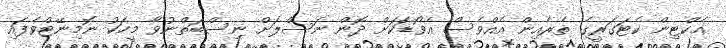
އެކްޓިން ކެޓަގަރީގެ ތެރެއިން އެއްވެސް އެވޯޑަކަށް ދޮން ނަސްލަށް ނިސްބަތްނުވާ މީހަކު ނޮމިނޭޓްވެފައި